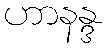
ဟာနန္ဒ